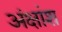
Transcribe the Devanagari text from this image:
अंक्षांश